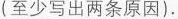
(至少写出两条原因).